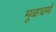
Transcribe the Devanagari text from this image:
मूळधर्म